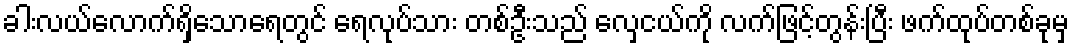
ခါးလယ်လောက်ရှိသောရေတွင် ရေလုပ်သား တစ်ဦးသည် လှေငယ်ကို လက်ဖြင့်တွန်းပြီး ဖက်ထုပ်တစ်ခုမှ